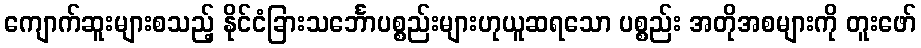
ကျောက်ဆူးများစသည့် နိုင်ငံခြားသင်္ဘောပစ္စည်းများဟုယူဆရသော ပစ္စည်း အတိုအစများကို တူးဖော်